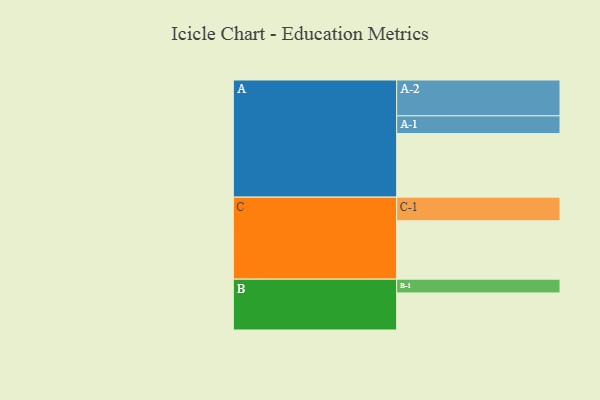
{"axis": {"x": "Segment", "y": "Value"}, "legend": ["", "A", "B", "C"], "data": [{"x": "A", "y": 530, "type": ""}, {"x": "B", "y": 309, "type": ""}, {"x": "C", "y": 487, "type": ""}, {"x": "A-1", "y": 148, "type": "A"}, {"x": "A-2", "y": 299, "type": "A"}, {"x": "B-1", "y": 115, "type": "B"}, {"x": "C-1", "y": 197, "type": "C"}]}